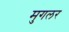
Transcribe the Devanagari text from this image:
मुगलर